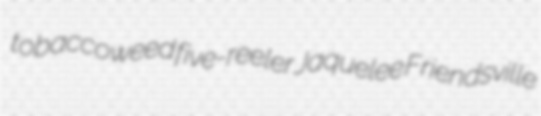
tobaccoweed five-reeler Jaquelee Friendsville